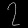
Digit: ၇